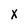
Character: X